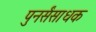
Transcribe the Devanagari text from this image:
पुनर्संसाधक